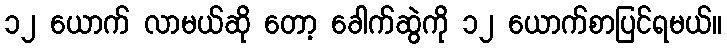
၁၂ ယောက် လာမယ်ဆို တော့ ခေါက်ဆွဲကို ၁၂ ယောက်စာပြင်ရမယ်။